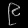
Digit: ၉